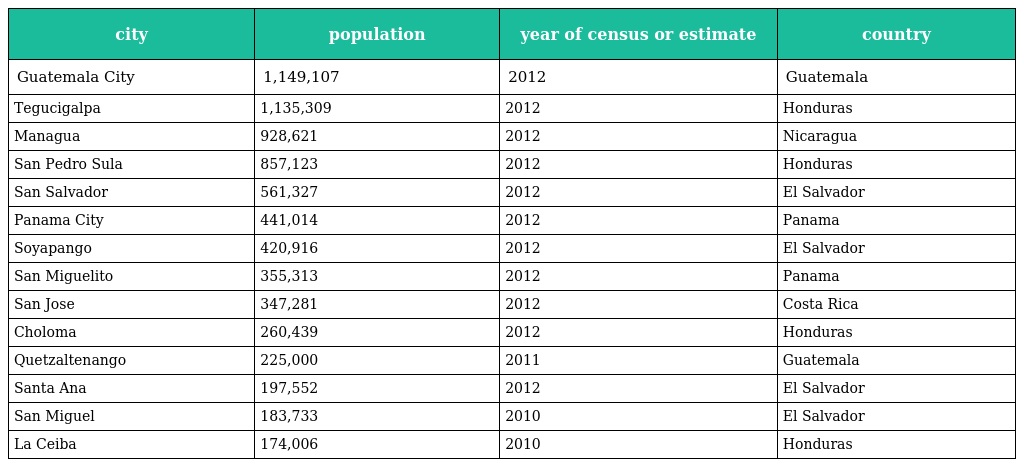
| city | population | year of census or estimate | country |
 | --- | --- | --- | --- |
 | Guatemala City | 1,149,107 | 2012 | Guatemala |
 | Tegucigalpa | 1,135,309 | 2012 | Honduras |
 | Managua | 928,621 | 2012 | Nicaragua |
 | San Pedro Sula | 857,123 | 2012 | Honduras |
 | San Salvador | 561,327 | 2012 | El Salvador |
 | Panama City | 441,014 | 2012 | Panama |
 | Soyapango | 420,916 | 2012 | El Salvador |
 | San Miguelito | 355,313 | 2012 | Panama |
 | San Jose | 347,281 | 2012 | Costa Rica |
 | Choloma | 260,439 | 2012 | Honduras |
 | Quetzaltenango | 225,000 | 2011 | Guatemala |
 | Santa Ana | 197,552 | 2012 | El Salvador |
 | San Miguel | 183,733 | 2010 | El Salvador |
 | La Ceiba | 174,006 | 2010 | Honduras |